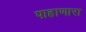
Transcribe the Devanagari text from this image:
पाहाणारा